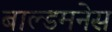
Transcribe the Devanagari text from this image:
बाल्डमनेस